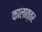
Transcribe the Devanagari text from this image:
कालात्तर